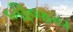
બીજય